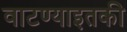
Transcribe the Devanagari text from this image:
वाटण्याइतकी